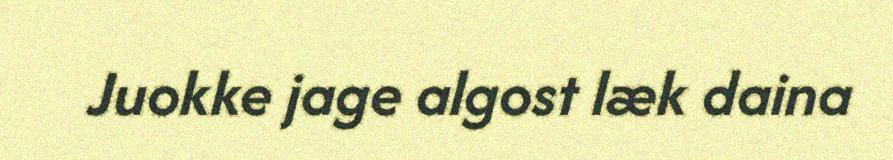
Juokke jage algost læk daina